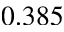
0 . 3 8 5